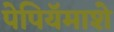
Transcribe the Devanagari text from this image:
पेपियॅमाशे